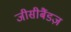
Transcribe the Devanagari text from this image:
जीसीबैंडज़